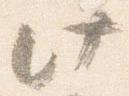
此